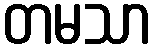
တမသာ